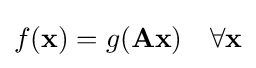
{\textstyle f(\mathbf {x} )=g(\mathbf {Ax} )\quad \forall \mathbf {x} }